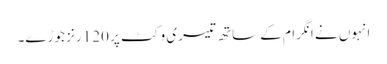
انہوں نے انگرام کے ساتھ تیسری وکٹ پر 120 رنز جوڑے۔